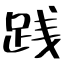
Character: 践